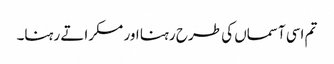
تم اسی آسماں کی طرح رہنا اور مسکراتے رہنا۔